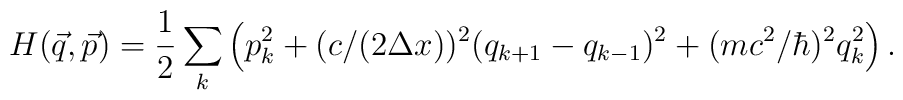
H(\vec q,\vec p) = {1\over 2}\sum_k\left (p_k^2 +(c/(2\Delta x))^2(q_{k + 1} - q_{k - 1})^2 +(mc^2/\hbar)^2 q_k^2\right ).